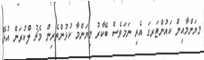
މޔަންމާއިން ކައުންޓަރގަ އެރި ނަމަވެސް ބޭކާރު މިޔަންމާ ކުޅުންތެރިން މެޗު ލްކުރަން އުޅޭ